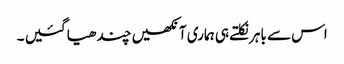
اس سے باہر نکلتے ہی ہماری آنکھیں چندھیا گئیں ۔